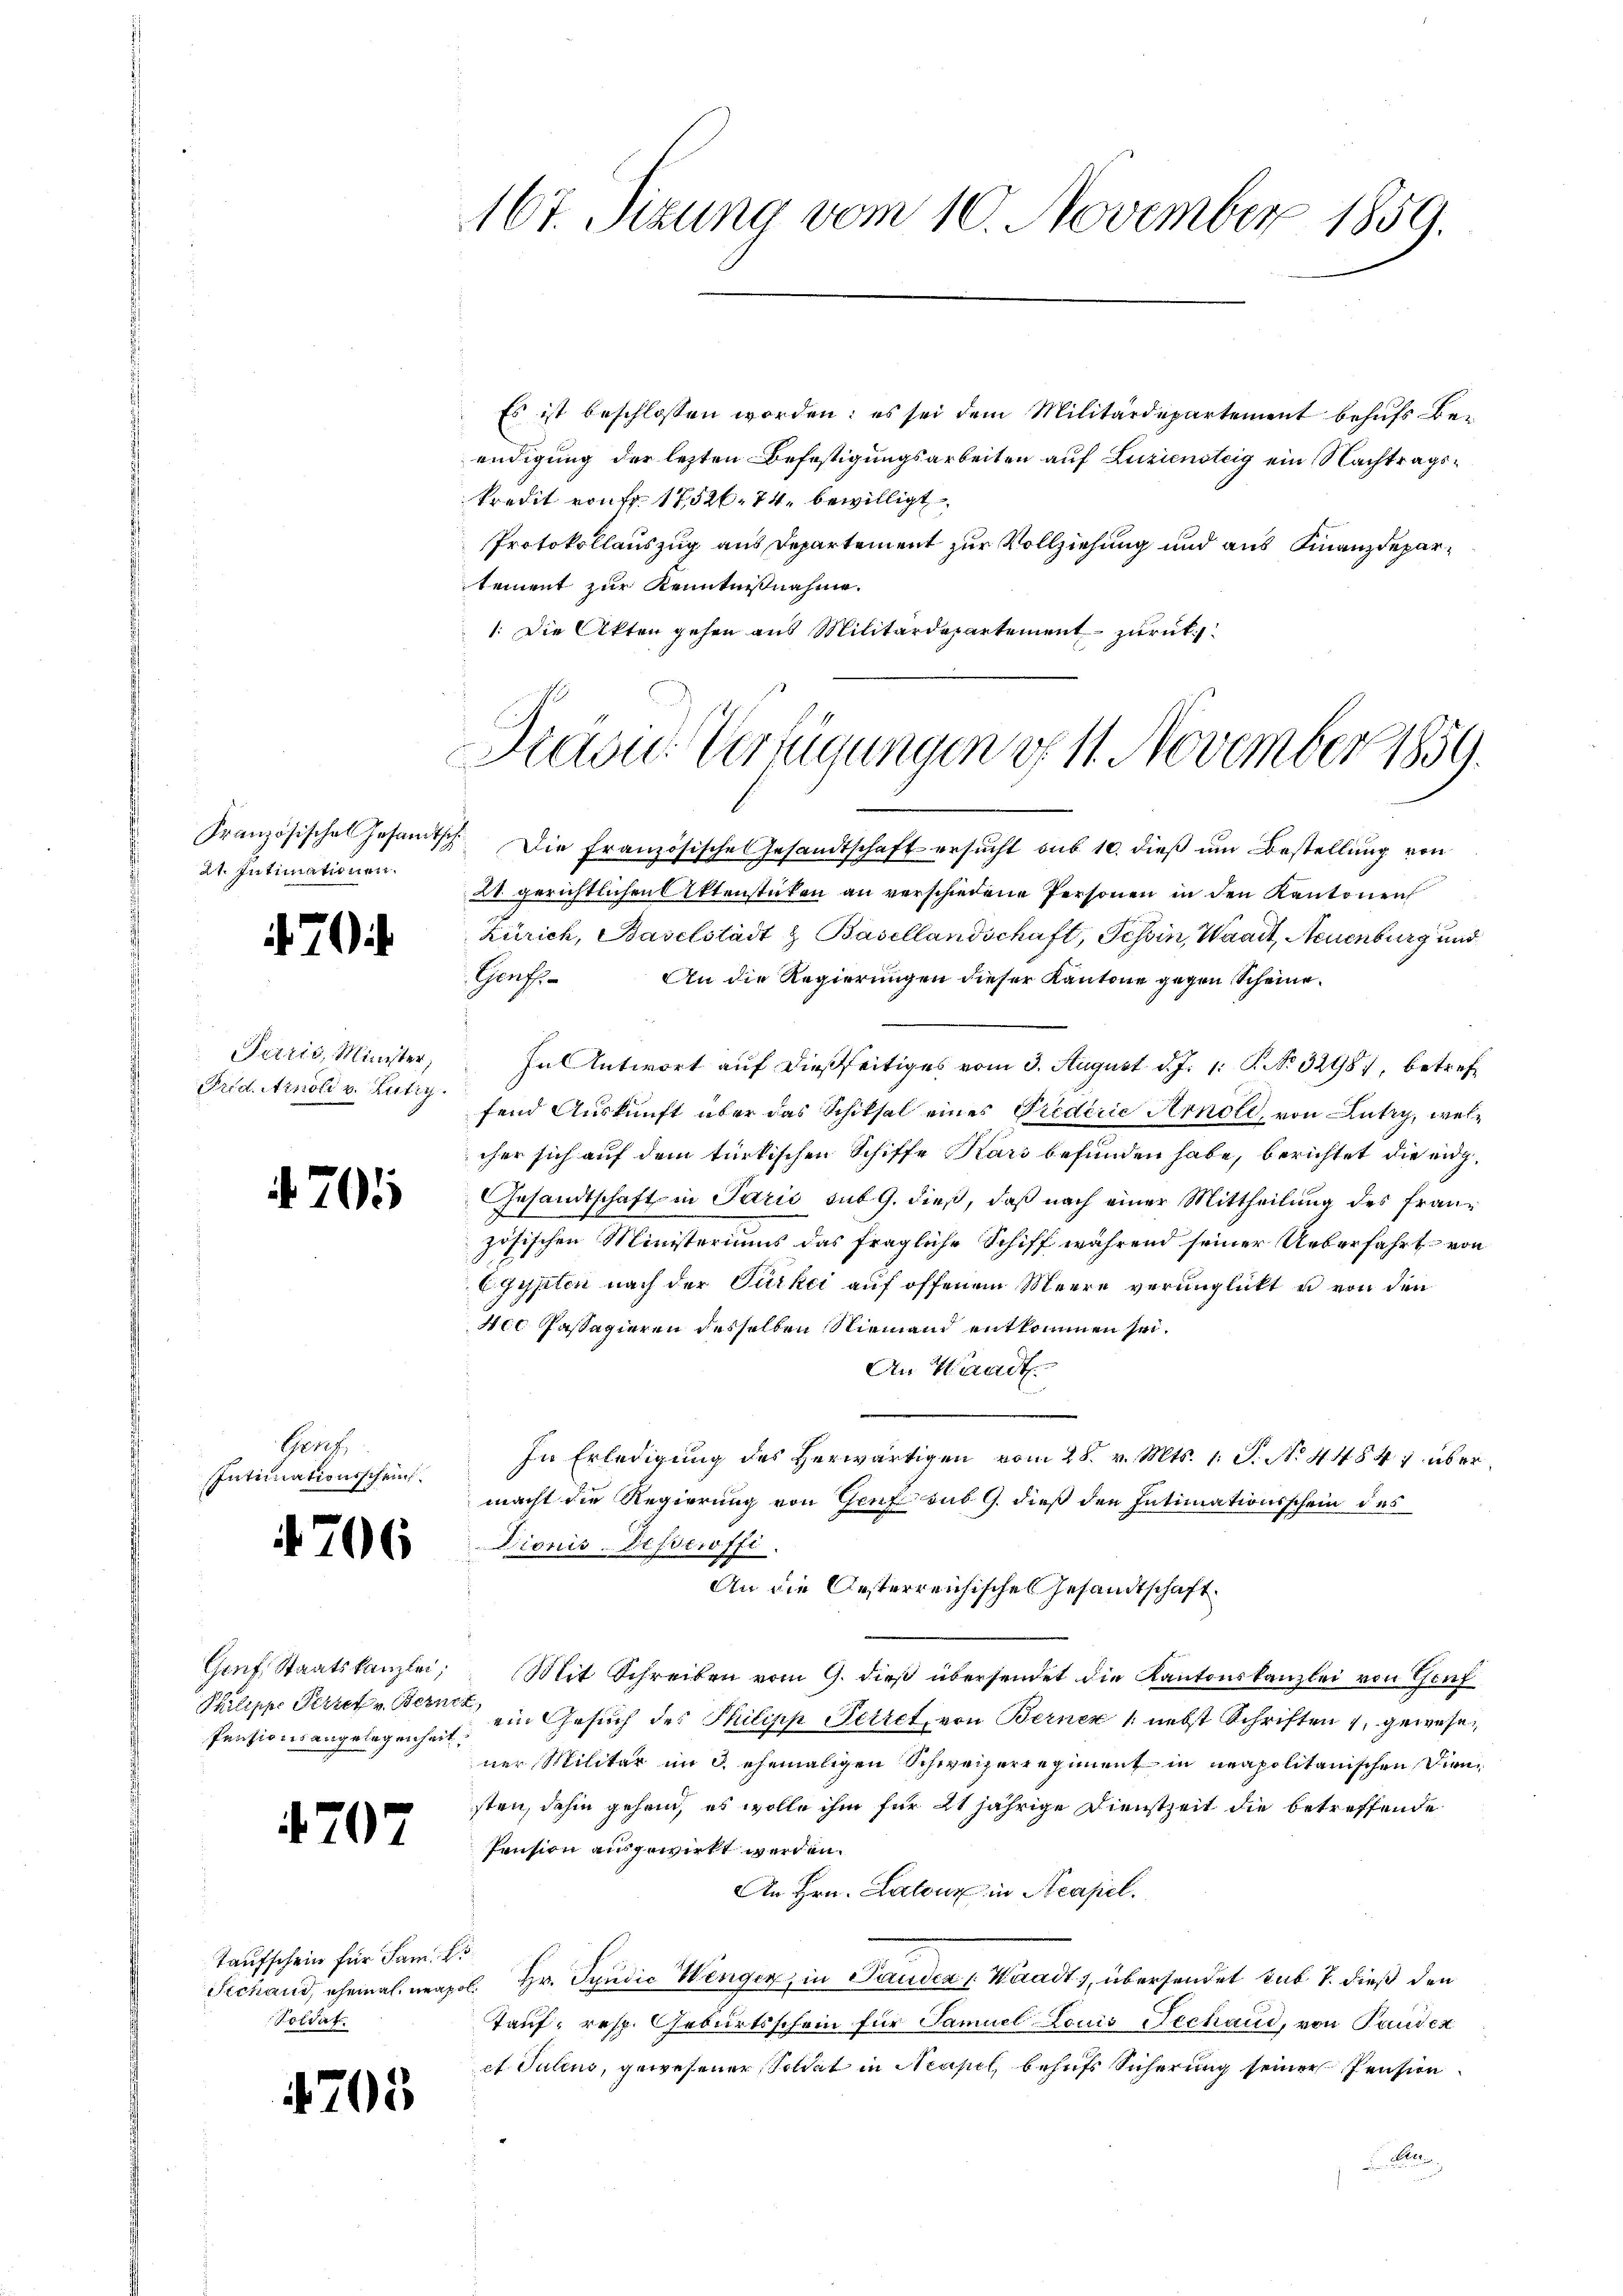
Französisches Gesandtsch
21. Intimationen.

7

Puris, Minister,
Prid. Arnoli v. Lutry.

4701

Gerec
Intimationsschein

706

Gonf. Staatskanzlei,
Philippe Seriet v. Bern
Pensionsangelegenheit,

4707

Taufschein für Sam. E.
Stchaus, ehemal mas
Poidat

705

167. Sizung vom 10. November 1859.

Es ist beschlossen worden: es sei dem Militärdepartement behufs Beendigung der lezten Befestigungsarbeiten auf Luziensteig ein Nachtrags¬
Predit von fr. 1752. 74. bewilligt.
Protokollauszug aus Departement zur Vollziehung und aus Finanzdepartement zur Kenntnißnahme.
1. Die Akten gehen aus Militärdepartement zurück

Hradie Verfügungen d. 11. November 1859.

Die Französisches Gesandtschaft ersucht sub 10. dieß um Bestellung von
21. gerichtlichen Aktenstücken an verschiedene Personen in den Kantonen
Zürich, Baselstadt & Basellandschaft, Schin, Waadt, Neuenburg und
Gens
An die Regierungen dieser Kantone gegen Scheine
In Antwort auf dießseitiges vom 3. August d. J. 1. P. No. 3298), betreffend Auskunft über das Schiksal eines Predicie Arnold, von Lutry, welcher sich auf dem türkischen Schiffe Kars befunden habe, berichtet die eidg¬
Gesandtschaft in Paris sub 9. dieß, daß nach einer Mittheilung des Französischen Ministeriums das fragliche Schiff während seiner Ueberfahrt von
Egypten nach der Türkei auf offenem Meere verunglickt u von den
4c Passagieren desselben Niemand entkommen sei.
An Waadt.
In Erledigung des herwärtigen vom 28. v. Mts. 1. P. N. 4484; über
macht die Regierung von Genf sub 9. dieß den Intimationsschein des
Dionis-Disseroffi
a
An die Oesterreichisches Gesandtschaft
Mit Schreiben vom 9. dieß übersendet die Kantonskanzlei von Teuf
ein Gesuch des Philipp Petret, von Berner /: nebst Schriften 1, gewesen
ner Militär im 3. ehemaligen Schweizerregiment in neapolitanischen Diensten, dahin gehen, es wolle ihm für 21 jährige Dienstzeit die betreffende
Pension ausgewirkt werden.
An Hrn. Laloux in Acapel.
c. Hr. Syndić Wenger, in Panden 1. Waadt, übersendet sub. 1. dieß den
Tauf, resp. Geburtsschein für Samuel Louis Fechand, von Pausen
et Julius, gewesener Soldat in Neapel, behufs Sicherung seiner Pension
B